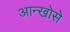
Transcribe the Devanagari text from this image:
आन्खोसे